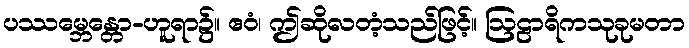
ပဿမ္ဘေန္တော-ဟူရာ၌။ ဧဝံ၊ ဤဆိုလတံ့သည်ဖြင့်။ ဩဠာရိကသုခုမတာ